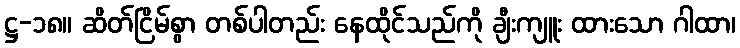
ဋ္ဌ-၁၈။ ဆိတ်ငြိမ်စွာ တစ်ပါတည်း နေထိုင်သည်ကို ချီးကျူး ထားသော ဂါထာ၊